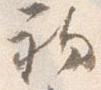
初